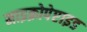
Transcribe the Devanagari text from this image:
माइक्रोपेप्टाइड